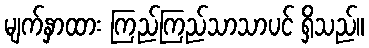
မျက်နှာထား ကြည်ကြည်သာသာပင် ရှိသည်။